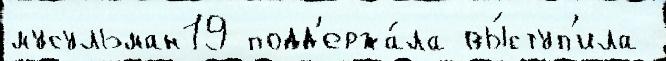
мусульман19 подд'ержа́ла вы́ступ'ила